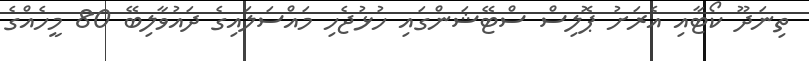
ތިނަދޫ ކޯޓާއި އެރަށު ޕޮލިސް ސްޓޭޝަންގައި ހުޅުޖެހި މައްސަލައިގެ ދައުވާލިބޭ 80 މީހެއްގެ